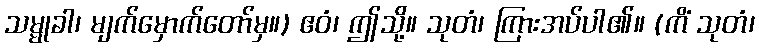
သမ္မုခါ၊ မျက်မှောက်တော်မှ။) ဧဝံ၊ ဤသို့။ သုတံ၊ ကြားအပ်ပါ၏။ (ကိံ သုတံ၊